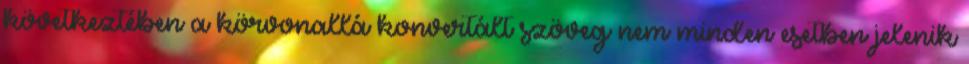
következtében a körvonallá konvertált szöveg nem minden esetben jelenik